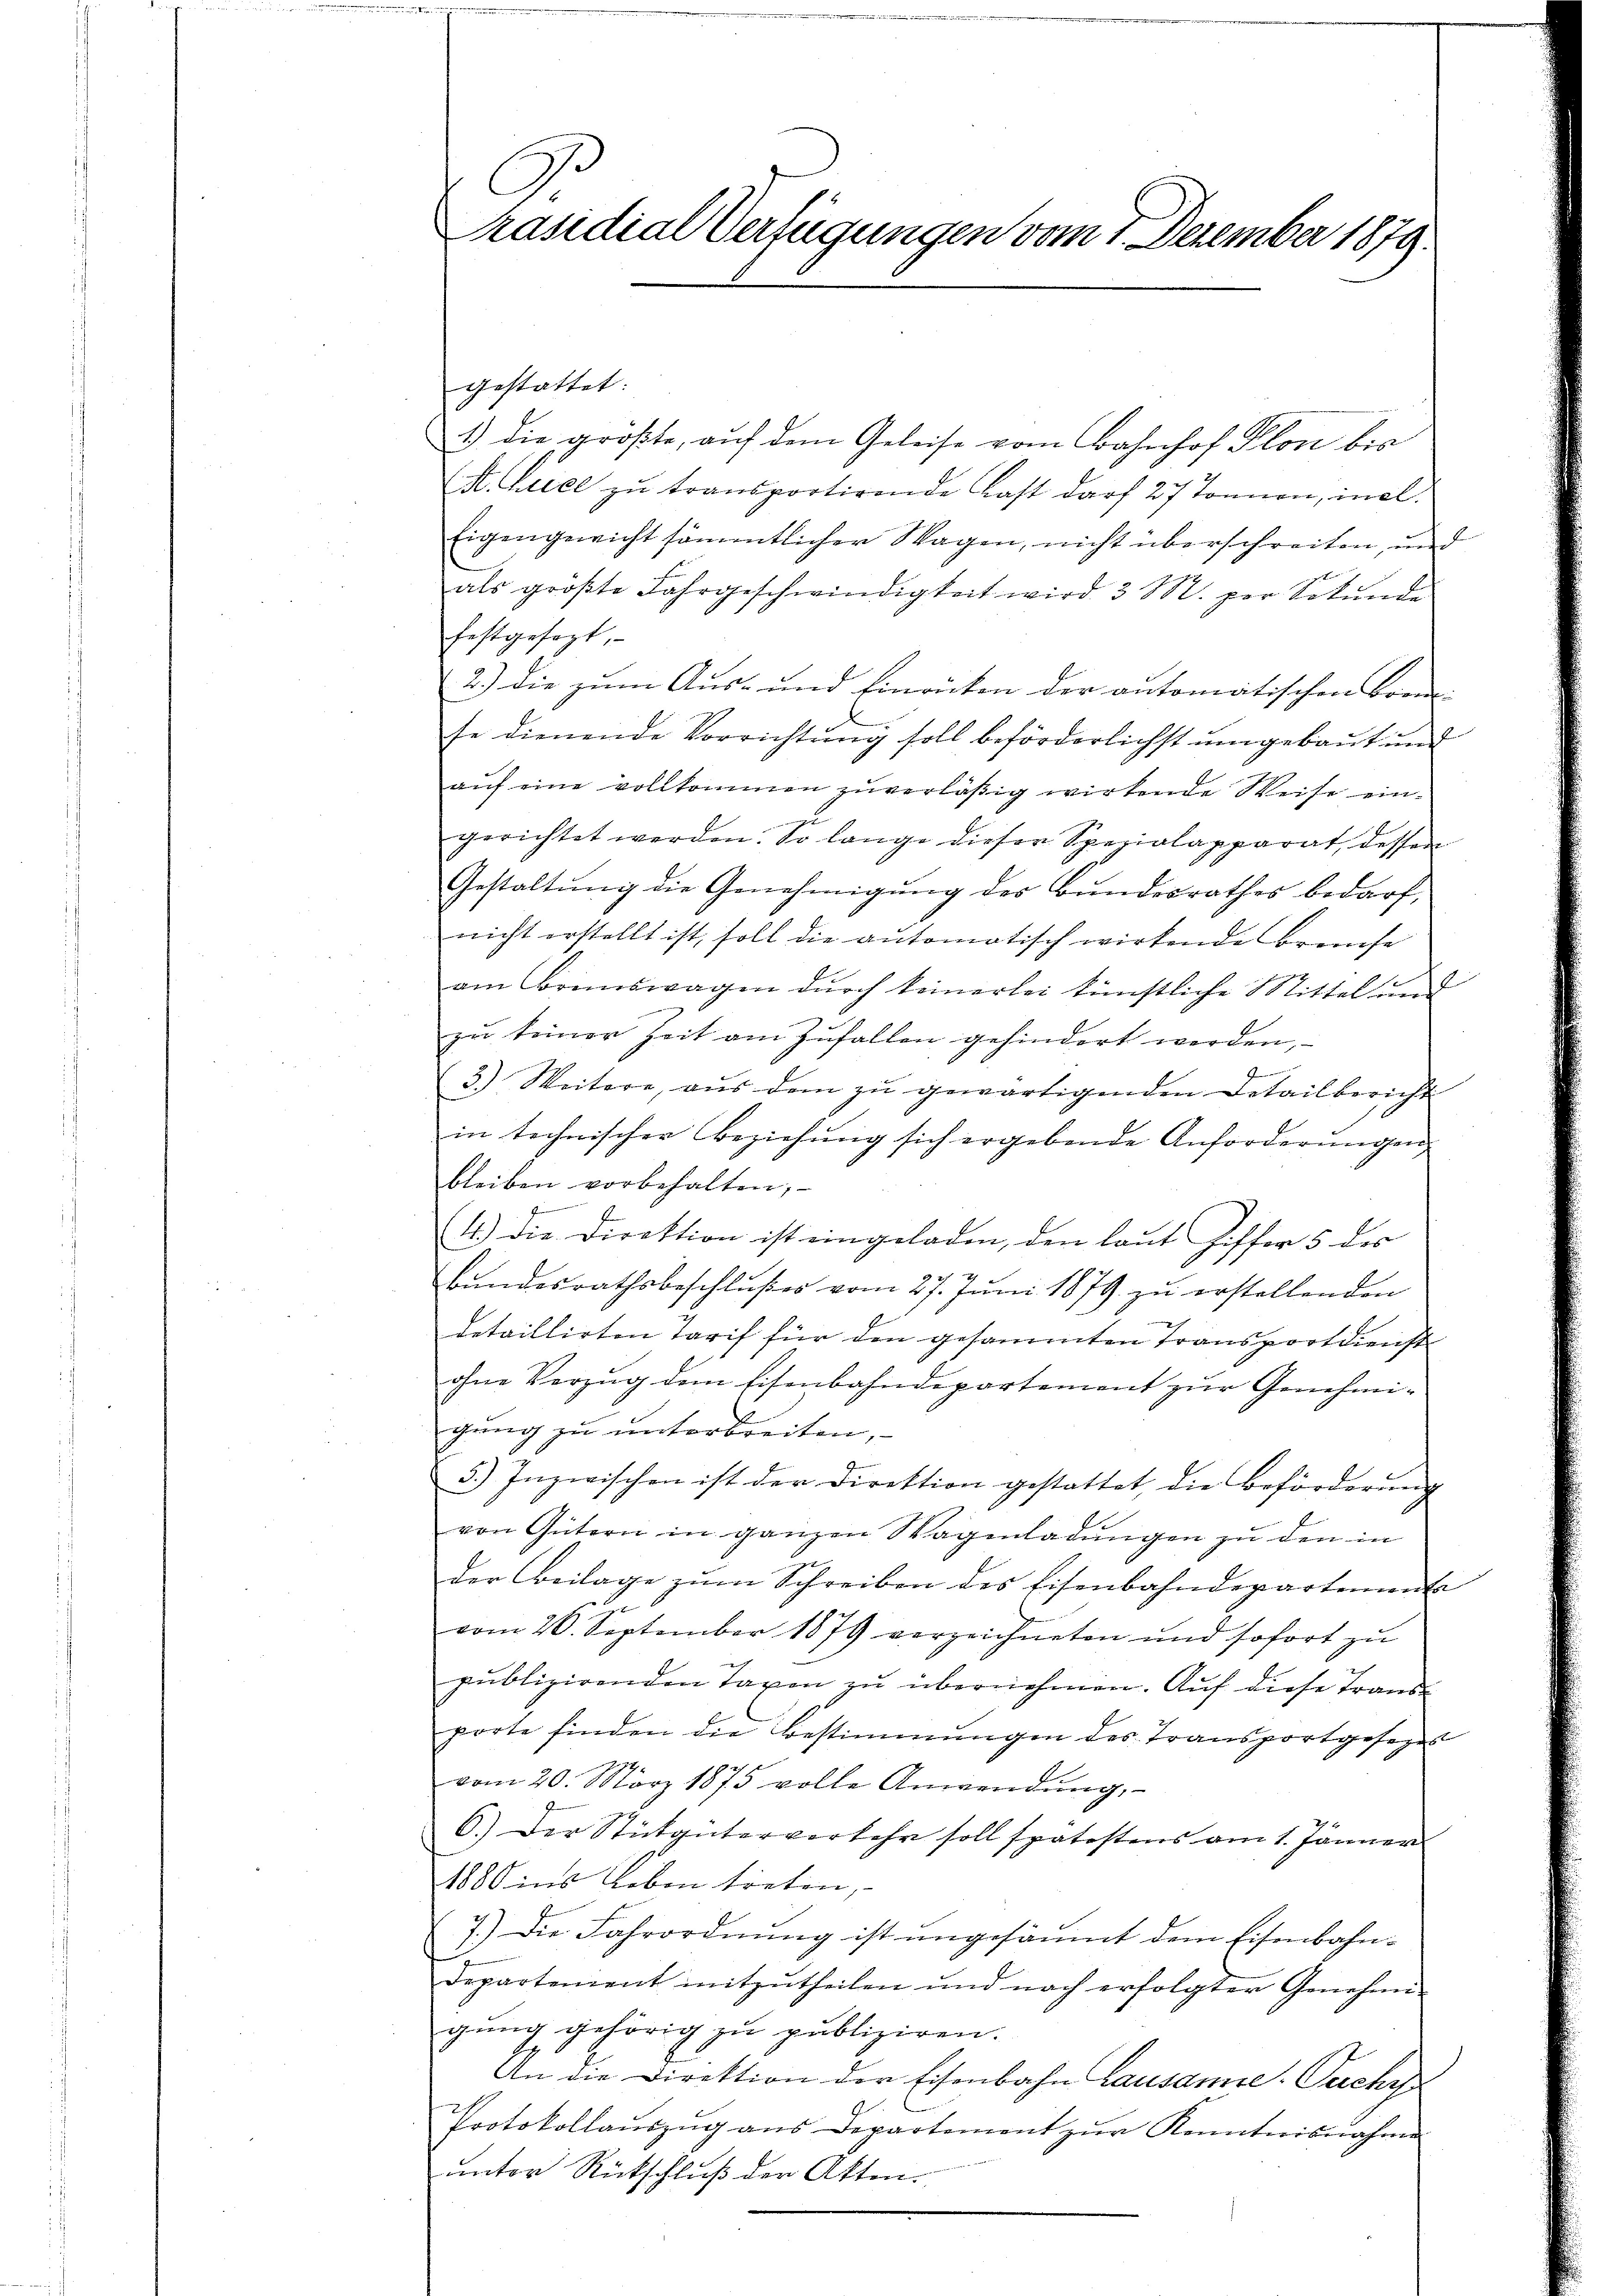
Präsidial Verfügungen vom 1. Dezember 1879.

gestattet:
1.) die größte, auf dem Geleise vom Bahnhof Plon bis
E. Vice zu transportirende Last darf 27 Tonnen, incl.
Eigengewicht sämmtlicher Wagen, nicht überschreiten, und
als größte Fahrgeschwindigkeit wird 3 M. per Sekŭnde
festgesezt,
2.) Die zum Aus- und Einrücken der antomatischen Brem-
se dienende Vorrichtŭng soll beförderlichst umgebaut und
aŭf eine vollkommen zuverläßig wirkende Weise eingerichtet werden. So lange dieser Spezialapparat dessen
Gestaltung die Genehmigung des Bundesrathes bedarf,
nicht erstellt ist, soll die automatisch wirkende Brauche
am Frenswagen durch keinerlei künstliche Mittel und
zŭ keiner Zeit am Zufallen gehindert werden,
3.) Weitere, aŭs dem zŭ gewärtigenden Detailbericht
in technischer Beziehŭng sich ergebende Anforderŭngen,
bleiben vorbehalten;
4.) Die Direktion ist eingeladen, den laut Ziffer 5 des
Bundesrathsbeschlußes vom 27. Juni 1879 zu erstellenden
detaillirten Tarif für den gesammten Transport dienst
ohne Verzug dem Eisenbahndepartement zur Genehmigung zu unterbreiten,
5.) Inzwischen ist der Direktion gestattet, die Beförderŭng
von Gütern in ganzen Wagenladungen zu den in
der Beilage zum Schreiben des Eisenbahndepartemente
vom 26. September 1879 verzeichneten und sofort zŭ
publizirenden Taxen zu übernehmen. Auf diese Transporte finden die Bestimmungen des Transportgesegen
vom 20. März 1875 volle Anwendŭng,
6.) Der Stütgüterverkehr soll spatostens am 1. Jännen.
1880 ins Leben treten,
7.) Die Fahrordnung ist ungesäumt dem Eisenbahndepartement mitzŭtheilen und nach erfolgter Genehmi-
gung gehörig zu publiziren.
An die Direktion der Eisenbahn Lausanie-Puches
Protokollaŭszŭg ans Departement zŭr Kenntnisnahme
unter Rückschluß der Akten.